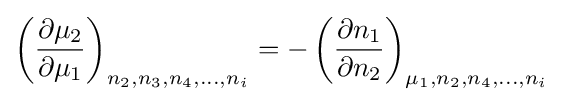
\left({\frac {\partial \mu _{2}}{\partial \mu _{1}}}\right)_{n_{2},n_{3},n_{4},\ldots ,n_{i}}=-\left({\frac {\partial n_{1}}{\partial n_{2}}}\right)_{\mu _{1},n_{2},n_{4},\ldots ,n_{i}}